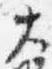
大